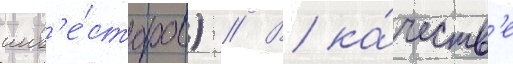
инв'е́сторов) // В ка́честв'е